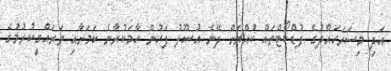
އަދި މިސަރަހައްދުގެ ފުޑްކޯޓްތައް ކުއްޔަށް ދޭނެ އުސޫލު ފަހުން ހާމަކުރާނެ ކަމަށާއި ތަރައްގީކުރުމުގެ